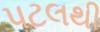
પટલથી